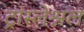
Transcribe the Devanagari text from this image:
ट्रांस्लेश्नल